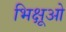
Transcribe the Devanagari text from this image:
भिक्षूओ